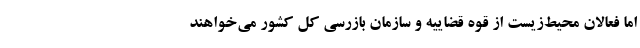
اما فعالان محیط‌زیست از قوه قضاییه و سازمان بازرسی کل کشور می‌خواهند